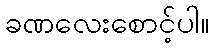
ခဏလေးစောင့်ပါ။